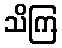
သိကြ